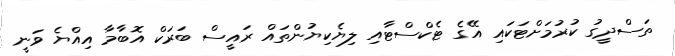
ތަސްދީގު ކުރުމަށްޓަކައި އޭގެ ޓެކްސްޓާއި ލިޔެކިޔުންތައް ރައީސް ބަރަކް އޮބާމާ އިއްޔެ ވަނީ